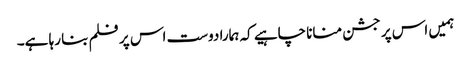
ہمیں اس پر جشن منانا چاہیے کہ ہمارا دوست اس پر فلم بنا رہا ہے۔